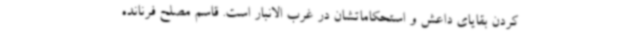
کردن بقایای داعش و استحکاماتشان در غرب الانبار است. قاسم مصلح فرنانده